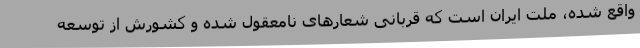
واقع شده، ملت ایران است که قربانی شعارهای نامعقول شده و کشورش از توسعه